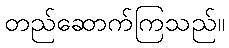
တည်ဆောက်ကြသည်။